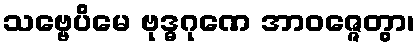
သဗ္ဗေပိမေ ဗုဒ္ဓဂုဏေ အာဝဇ္ဇေတွာ၊